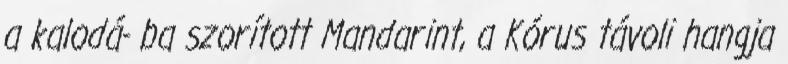
a kalodá- ba szorított Mandarint, a Kórus távoli hangja